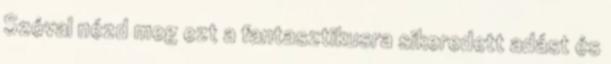
Szóval nézd meg ezt a fantasztikusra sikeredett adást és